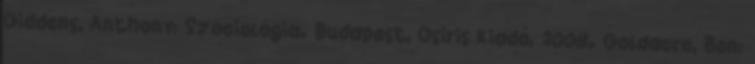
Giddens, Anthony: Szociológia. Budapest, Osiris Kiadó, 2008. Goldacre, Ben: